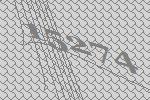
15274